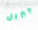
جبريل